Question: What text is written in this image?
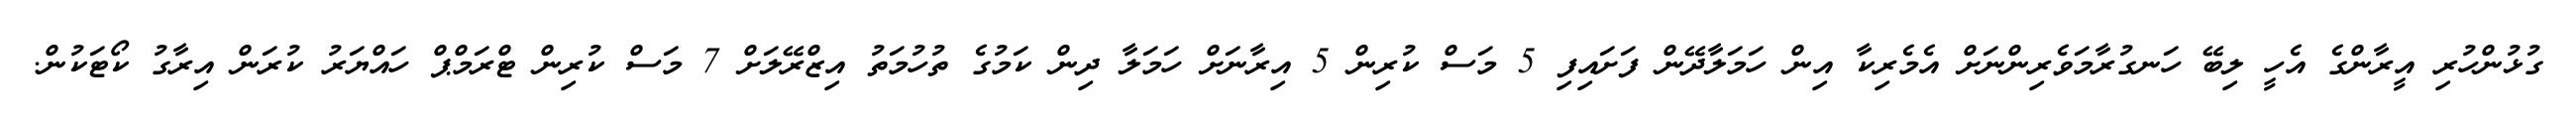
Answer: ގުޅުންހުރި އީރާންގެ އެހީ ލިބޭ ހަނގުރާމަވެރިންނަށް އެމެރިކާ އިން ހަމަލާދޭން ފަށައިފި 5 މަސް ކުރިން 5 އިރާނަށް ހަމަލާ ދިން ކަމުގެ ތުހުމަތު އިޒްރޭލަށް 7 މަސް ކުރިން ޓްރަމްޕް ހައްޔަރު ކުރަން އިރާގު ކޯޓަކުން.